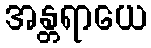
အန္တရာယေ